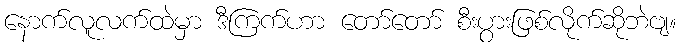
နောက်လူလက်ထဲမှာ ဒီကြက်ဟာ တော်တော် စီးပွားဖြစ်လိုက်ဆိုဘဲဗျ။